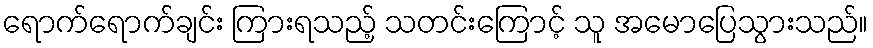
ရောက်ရောက်ချင်း ကြားရသည့် သတင်းကြောင့် သူ အမောပြေသွားသည်။